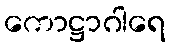
ကောဋ္ဌာဂါရေ